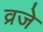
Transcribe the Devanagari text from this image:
व्रजे